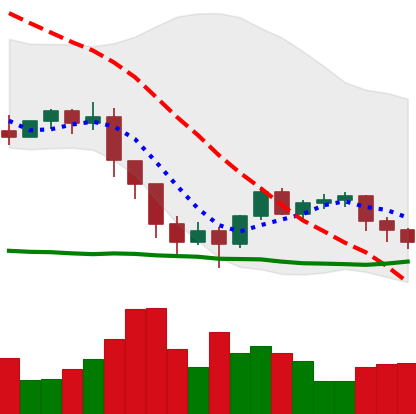
Ticker: ETH-USD
Chart end date: 2022-01-19
Forward return: -21.173%
Label: down_7plus